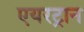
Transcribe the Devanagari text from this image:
एयरट्रान